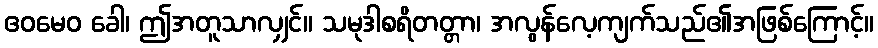
ဧဝမေဝ ခေါ၊ ဤအတူသာလျှင်။ သမုဒါစရိတတ္တာ၊ အလွန်လေ့ကျက်သည်၏အဖြစ်ကြောင့်။